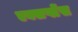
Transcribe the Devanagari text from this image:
एक्सप्लेंस